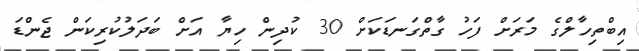
އިބްތިހާލްގެ މަރަށް ފަހު ގާތްގަނޑަކަށް 30 ކުދިން ހިޔާ އަށް ބަދަލުކުރިކަން ޖެންޑަ